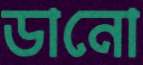
ডানো